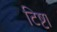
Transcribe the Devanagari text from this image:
टिष्टा